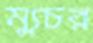
ম্যুচর